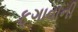
ફૂગાવાની